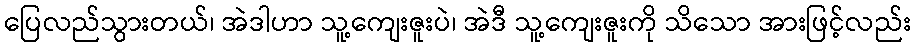
ပြေလည်သွားတယ်၊ အဲဒါဟာ သူ့ကျေးဇူးပဲ၊ အဲဒီ သူ့ကျေးဇူးကို သိသော အားဖြင့်လည်း